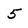
Character: 5